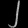
Digit: ၂